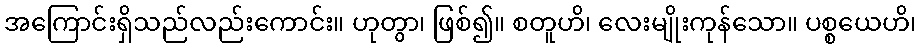
အကြောင်းရှိသည်လည်းကောင်း။ ဟုတွာ၊ ဖြစ်၍။ စတူဟိ၊ လေးမျိုးကုန်သော။ ပစ္စယေဟိ၊